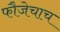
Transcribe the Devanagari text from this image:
फौजेचाच